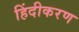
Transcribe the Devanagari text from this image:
हिंदीकरण